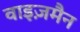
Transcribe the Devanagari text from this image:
वाइज़मैन